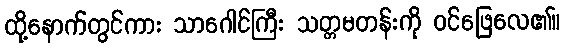
ထို့နောက်တွင်ကား သာဂေါင်ကြီး သတ္တမတန်းကို ဝင်ဖြေလေ၏။